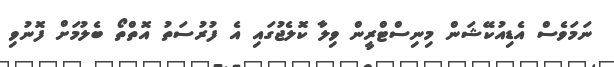
ނަމަވެސް އެޑިއުކޭޝަން މިނިސްޓްރީން ވިލާ ކޮލެޖުގައި އެ ފުރުސަތު އޮތްތޯ ބެލުމަށް ފޮނުވި